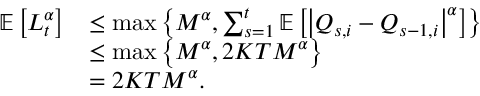
\begin{array} { r l } { \mathbb E \left[ L _ { t } ^ { \alpha } \right] } & { \le \operatorname* { m a x } \left\{ M ^ { \alpha } , \sum _ { s = 1 } ^ { t } \mathbb E \left[ \left\lvert Q _ { s , i } - Q _ { s - 1 , i } \right\rvert ^ { \alpha } \right] \right\} } \\ & { \le \operatorname* { m a x } \left\{ M ^ { \alpha } , 2 K T M ^ { \alpha } \right\} } \\ & { = 2 K T M ^ { \alpha } . } \end{array}